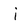
Character: i